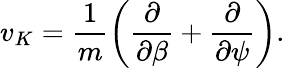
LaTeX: v_{K}=\frac{1}{m}\left(\frac{\partial}{\partial\beta}+\frac{\partial}{\partial\psi}\right).